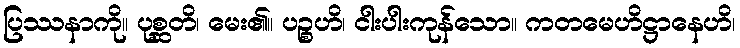
ပြဿနာကို။ ပုစ္ဆတိ၊ မေး၏။ ပဉ္စဟိ၊ ငါးပါးကုန်သော။ ကတမေဟိဋ္ဌာနေဟိ၊